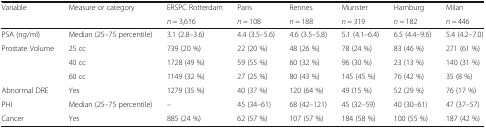
<table><thead><tr><td><b>Variable</b></td><td><b>Measure or category</b></td><td><b>ERSPC Rotterdam</b></td><td><b>Paris</b></td><td><b>Rennes</b></td><td><b>Munster</b></td><td><b>Hamburg</b></td><td><b>Milan</b></td></tr><tr><td></td><td></td><td><b><i>n</i> = 3,616</b></td><td><b><i>n</i> = 108</b></td><td><b><i>n</i> = 188</b></td><td><b><i>n</i> = 319</b></td><td><b><i>n</i> = 182</b></td><td><b><i>n</i> = 446</b></td></tr></thead><tbody><tr><td>PSA (ng/ml)</td><td>Median (25–75 percentile)</td><td>3.1 (2.8–3.6)</td><td>4.4 (3.5–5.6)</td><td>4.6 (3.5–5.8)</td><td>5.1 (4.1–6.4)</td><td>6.5 (4.4–9.6)</td><td>5.4 (4.2–7.0)</td></tr><tr><td>Prostate Volume</td><td>25 cc</td><td>739 (20 %)</td><td>22 (20 %)</td><td>48 (26 %)</td><td>78 (24 %)</td><td>83 (46 %)</td><td>271 (61 %)</td></tr><tr><td></td><td>40 cc</td><td>1728 (49 %)</td><td>59 (55 %)</td><td>60 (32 %)</td><td>96 (30 %)</td><td>23 (13 %)</td><td>140 (31 %)</td></tr><tr><td></td><td>60 cc</td><td>1149 (32 %)</td><td>27 (25 %)</td><td>80 (43 %)</td><td>145 (45 %)</td><td>76 (42 %)</td><td>35 (8 %)</td></tr><tr><td>Abnormal DRE</td><td>Yes</td><td>1279 (35 %)</td><td>40 (37 %)</td><td>120 (64 %)</td><td>49 (15 %)</td><td>52 (29 %)</td><td>76 (17 %)</td></tr><tr><td>PHI</td><td>Median (25–75 percentile)</td><td>–</td><td>45 (34–61)</td><td>68 (42–121)</td><td>45 (32–59)</td><td>40 (30–61)</td><td>47 (37–57)</td></tr><tr><td>Cancer</td><td>Yes</td><td>885 (24 %)</td><td>62 (57 %)</td><td>107 (57 %)</td><td>184 (58 %)</td><td>100 (55 %)</td><td>187 (42 %)</td></tr></tbody></table>